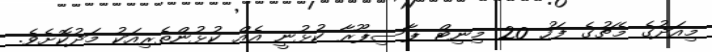
މިއަދުގެ މެޗުގެ ފަހު 20 މިނިޓް ޕާސިޕޫރާ ކުޅުނީ އެއް ކުޅުންތެރިއަކު މަދުކޮށެވެ.